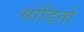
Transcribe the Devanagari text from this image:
सोडितो